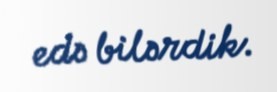
edə bilərdik.